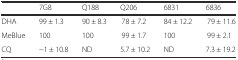
<table><thead><tr><td></td><td><b>7G8</b></td><td><b>Q188</b></td><td><b>Q206</b></td><td><b>6831</b></td><td><b>6836</b></td></tr></thead><tbody><tr><td>DHA</td><td>99 ± 1.3</td><td>90 ± 8.3</td><td>78 ± 7.2</td><td>84 ± 12.2</td><td>79 ± 11.6</td></tr><tr><td>MeBlue</td><td>100</td><td>100</td><td>99 ± 1.7</td><td>100</td><td>99 ± 2.1</td></tr><tr><td>CQ</td><td>−1 ± 10.8</td><td>ND</td><td>5.7 ± 10.2</td><td>ND</td><td>7.3 ± 19.2</td></tr></tbody></table>